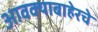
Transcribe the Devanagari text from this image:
आवक्याबाहेरचे